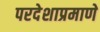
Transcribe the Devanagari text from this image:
परदेशाप्रमाणे